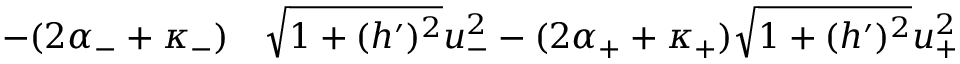
\begin{array} { r l } { - ( 2 \alpha _ { - } + \kappa _ { - } ) } & { { } \sqrt { 1 + ( h ^ { \prime } ) ^ { 2 } } u _ { - } ^ { 2 } - ( 2 \alpha _ { + } + \kappa _ { + } ) \sqrt { 1 + ( h ^ { \prime } ) ^ { 2 } } u _ { + } ^ { 2 } } \end{array}